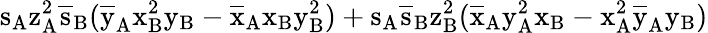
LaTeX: \mathrm{s_{A}\mathrm{z_{A}^{2}\mathrm{\overline{{s}}_{B}(\mathrm{\overline{{y}}_{A}\mathrm{x_{B}^{2}\mathrm{y_{B}-\mathrm{\overline{{x}}_{A}\mathrm{x_{B}\mathrm{y_{B}^{2})+\mathrm{s_{A}\mathrm{\overline{{s}}_{B}\mathrm{z_{B}^{2}(\mathrm{\overline{{x}}_{A}\mathrm{y_{A}^{2}\mathrm{x_{B}-\mathrm{x_{A}^{2}\mathrm{\overline{{y}}_{A}\mathrm{y_{B})}}}}}}}}}}}}}}}}}}